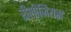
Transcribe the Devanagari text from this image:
रीलीजियस